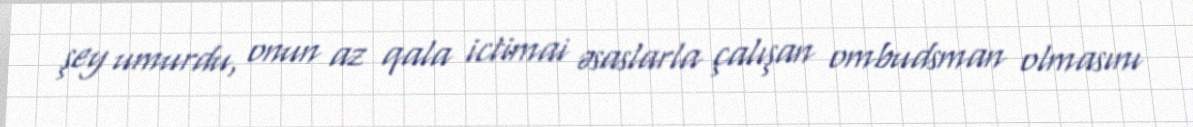
şey umurdu, onun az qala ictimai əsaslarla çalışan ombudsman olmasını